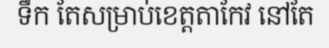
ទឹក តែសម្រាប់ខេត្តតាកែវ នៅតែ